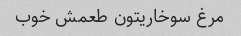
مرغ سوخاریتون طعمش خوب